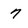
Character: 7